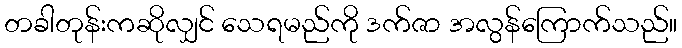
တခါတုန်းကဆိုလျှင် သေရမည်ကို ဒက်ဇာ အလွန်ကြောက်သည်။